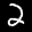
Label: 2